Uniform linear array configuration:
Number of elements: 32
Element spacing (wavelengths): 0.5
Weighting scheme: hamming
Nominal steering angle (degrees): -30
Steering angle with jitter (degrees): -31.642
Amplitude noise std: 0.05
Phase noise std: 0.05

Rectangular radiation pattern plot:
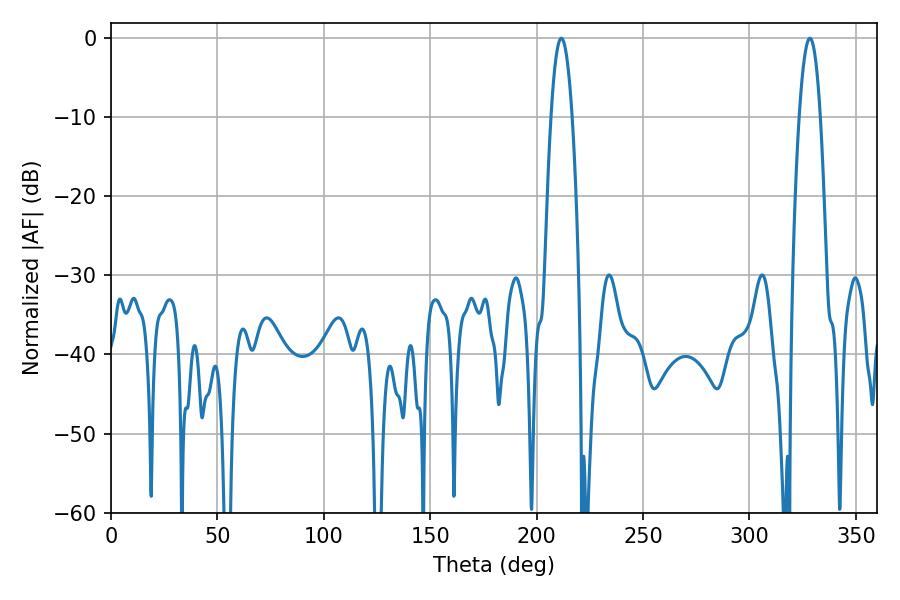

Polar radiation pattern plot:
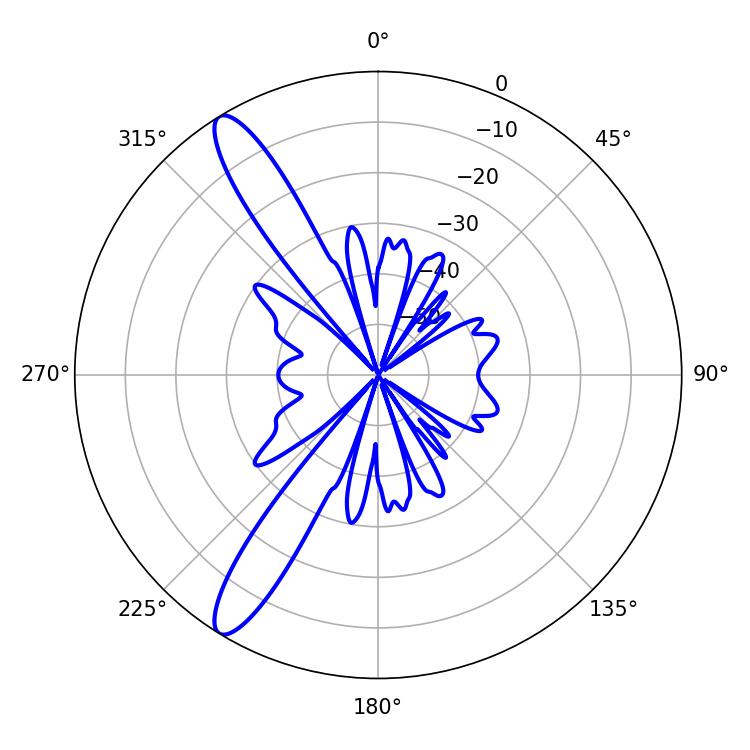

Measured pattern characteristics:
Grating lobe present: FALSE
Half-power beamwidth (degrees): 5.4
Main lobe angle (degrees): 328.32